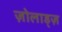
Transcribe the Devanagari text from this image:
ज़ोलाड्ज़